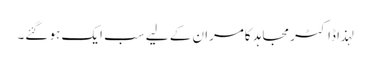
لہذا ڈاکٹر مجاہد کامران کے لیے سب ایک ہو گئے۔